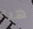
هيا